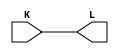
module Teste(input  K, 
				output L);

	assign L= K;
	
endmodule